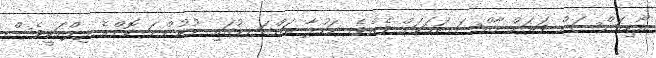
އޯޑިއަންސަށް ވަރަށް ހާއްސަ ކަމަކަށް ވެއެވެ. ނަހުލާ ތައްގަނޑުގައި ނުކުންނަ ކޮންމެ ފިލްމަކީވެސް